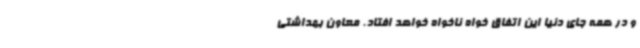
و در همه جای دنیا این اتفاق خواه ناخواه خواهد افتاد. معاون بهداشتی